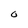
Character: O